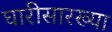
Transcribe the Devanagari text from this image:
घारीसारख्या